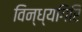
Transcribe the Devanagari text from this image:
विन्ध्यगिरि